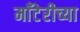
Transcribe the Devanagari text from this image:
माँटेरीच्या